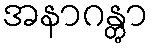
အနာဂန္တွာ